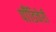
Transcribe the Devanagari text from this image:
पॉँडिचेरी